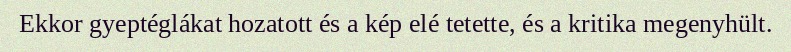
Ekkor gyeptéglákat hozatott és a kép elé tetette, és a kritika megenyhült.